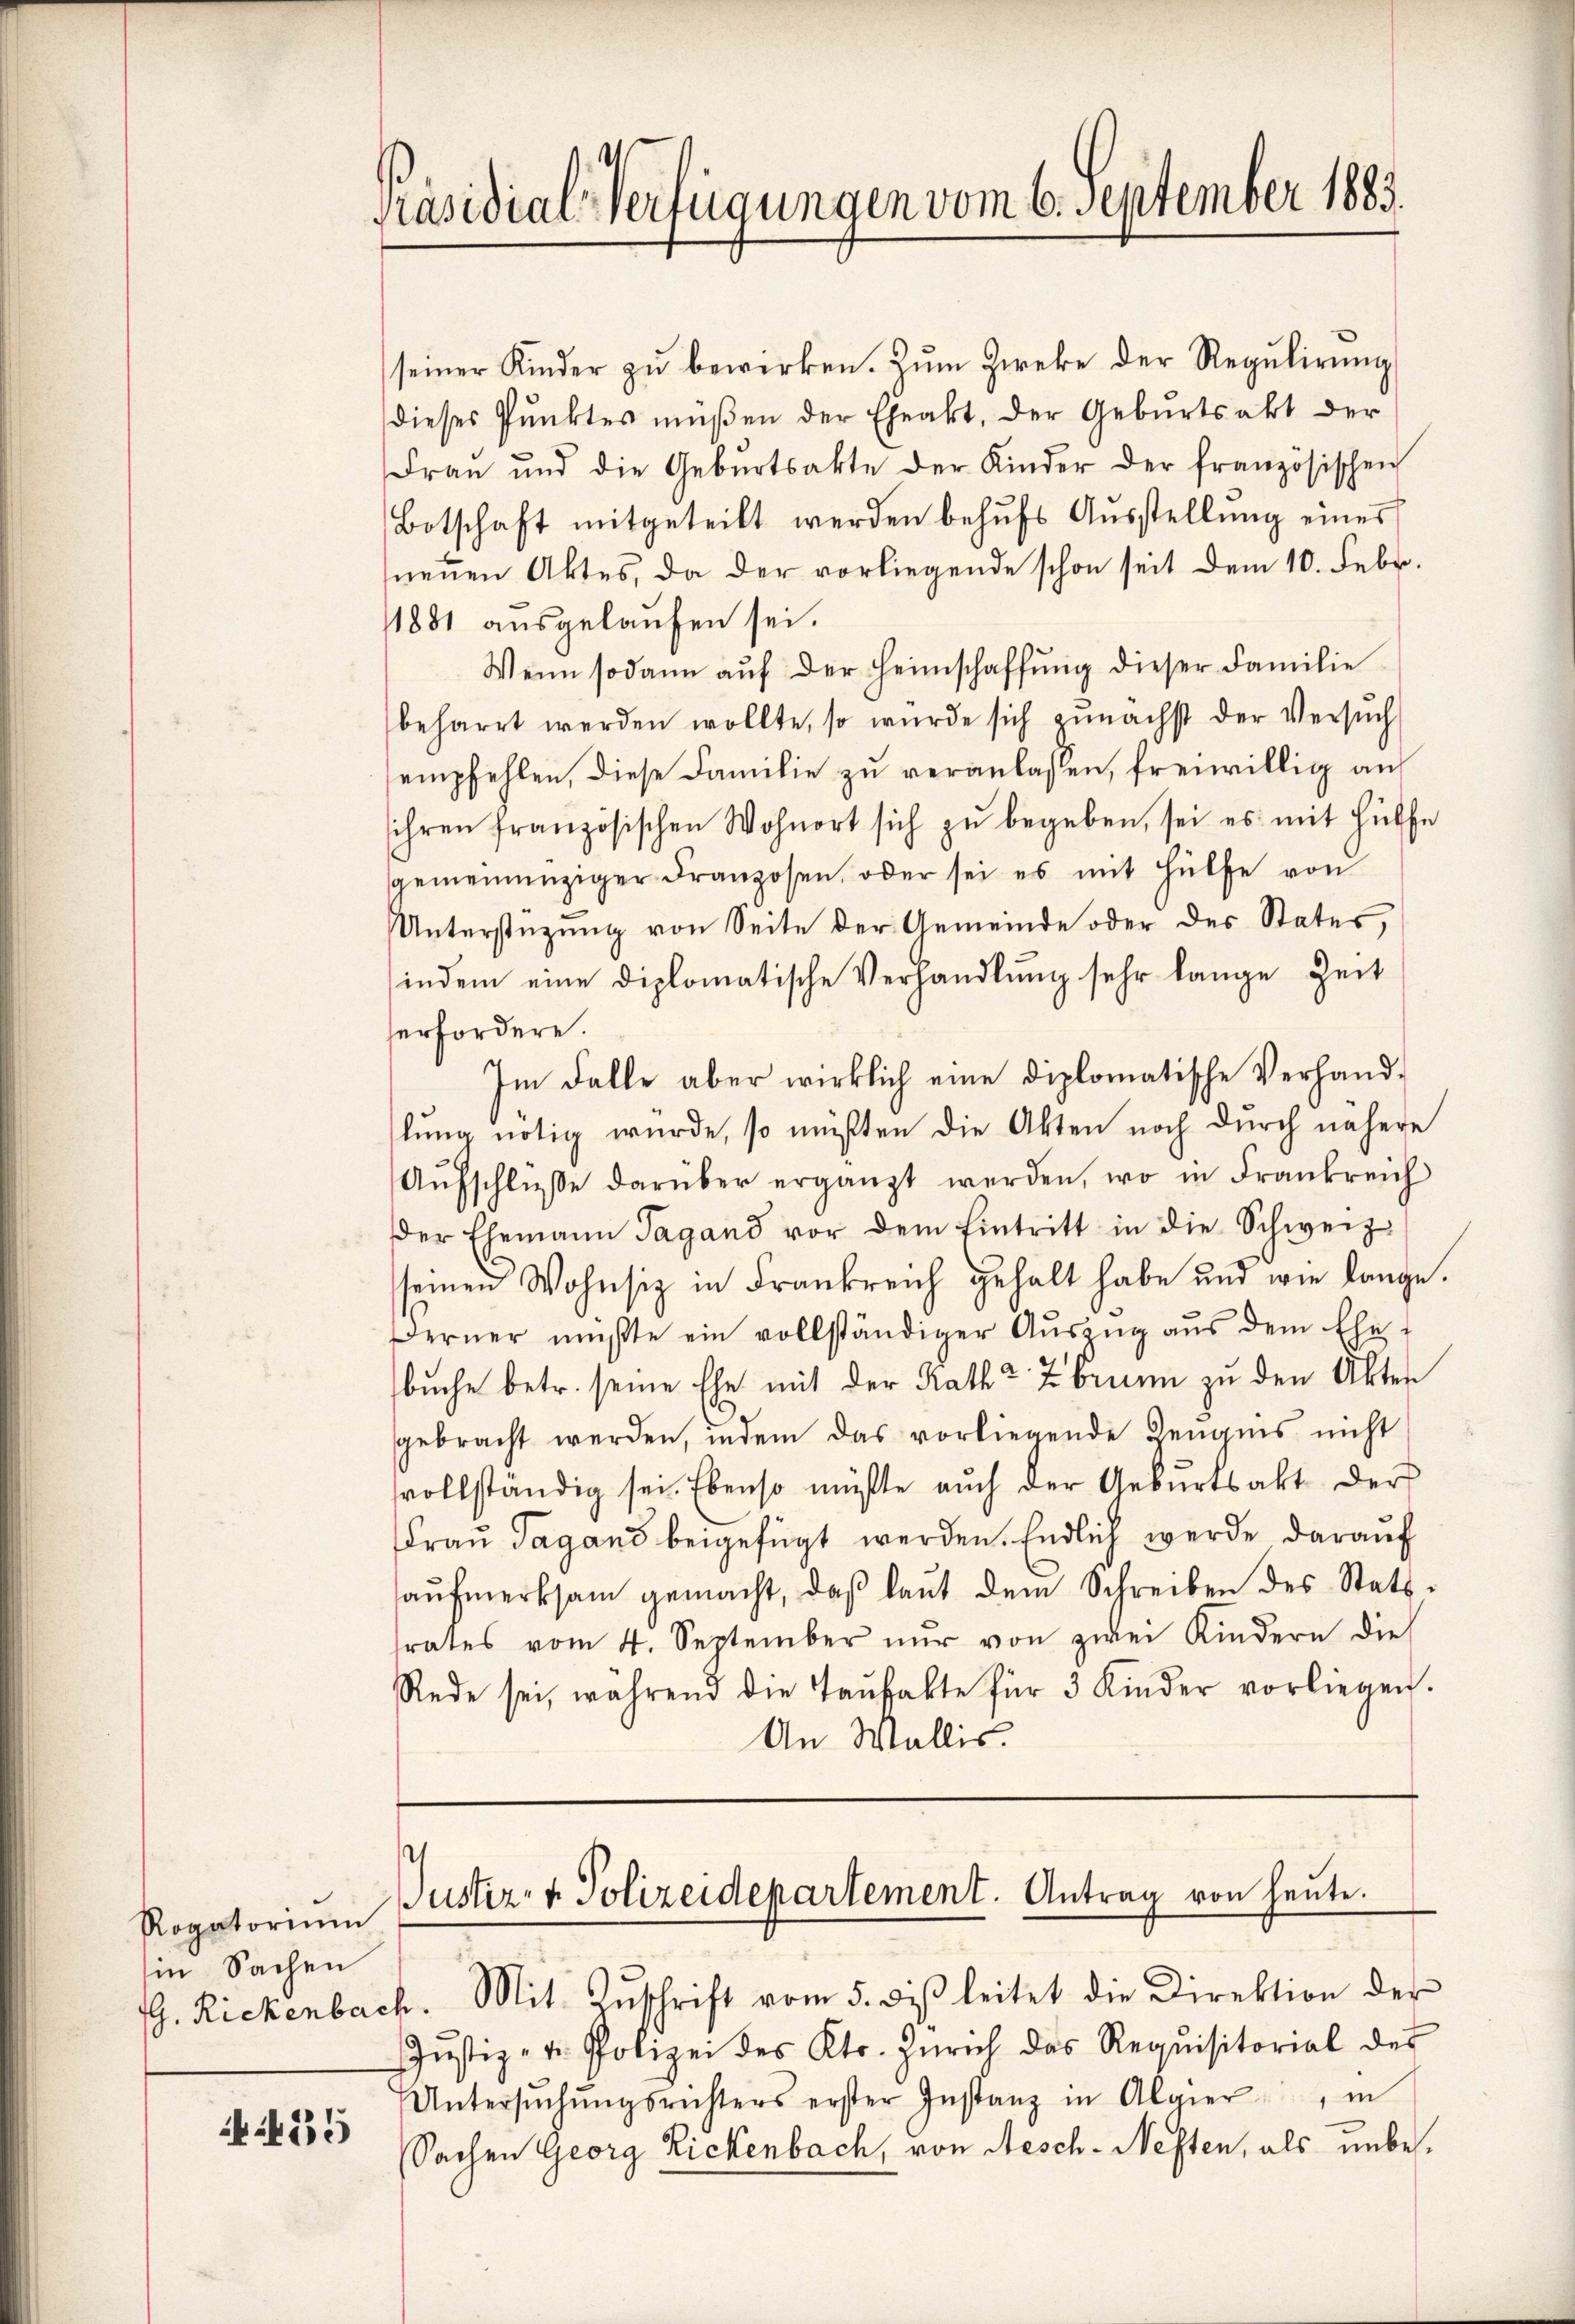
Rogatoriŭm
in Sachen

455

Präsidial-Verfügungen vom 6. September 1883.

seiner Kinder zu bewirken. Zum Zweke der Regulirung
dieses Punktes müßen der Eheakt, der Geburtsakt der
Fraŭ ŭnd die Gebŭrtsakte der Kinder der französischen
Botschaft mitgeteilt werden behŭfs Aŭsstellŭng eines
neṅen Aktes, da der vorliegende schon seit dem 10. Febr.
1881 ausgelaufen sei.
Wenn sodann aŭf der Heimschaffŭng dieser Familie
beharrt werden wollte, so würde sich zunächst der Versŭch
empfehlen, diese Familie zŭ veranlassen, freiwillig auf
ihren französischen Wohnort sich zŭ begeben, sei es mit Hülfe
gemeinenziger Franzosen, oder sei es mit Hülfe von
Unterstüzung von Seite der Gemeinde oder des Status,
indem eine diplomatische Verhandlŭng sehr lange Zeit
erfordere.
Im Falle aber wirklich eine diplomatische Verhandlung nötig wurde, so müßten die Akten noch durch nähere
Aŭfschlüsse darüber ergänzt werden, wo in Frankreich
der Ehemann Tagand vor dem Eintritt in die Schweiz
seinen Wohnsiz in Frankreich gehalt habe und wie lange.
Ferner müßte ein vollständiger Aŭszŭg aŭs dem Ehe-
buche betr. seine Ehe mit der Katha Zbrunn zu den Akten
gebracht werden, indem das vorliegende Zeugnis nicht
vollständig sei. Ebenso müßte auch der Gebŭrtsakt der
Frau Tagans beigefügt werden. Endlich werde darauf
aŭfmerksam gemacht, daβ laŭt dem Schreiben des Statt-
trates vom 4. September nŭr von zwei Kindern die
Rede sei, während die Taŭfakte für 3 Kinder vorliegen.
An Wallis.

Justiz- & Polizeidepartement. Antrag von heute.

. Rickenbach. Mit Anschrift vom 5. diβ leitet die Direktion der
Jŭstiz- u. Polizei des Kts. Zürich das Requisitorial des
Untersŭchŭngsrichters erster Instanz in Algier, in
Sachen Georg Rickenbach, von Aesch-Neften, als unbe¬